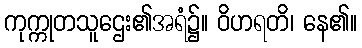
ကုက္ကုတသူဌေး၏အရံ၌။ ဝိဟရတိ၊ နေ၏။